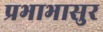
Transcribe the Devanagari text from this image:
प्रभाभासुर